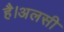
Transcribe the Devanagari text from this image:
है।अलसी